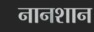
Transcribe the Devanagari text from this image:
नानशान